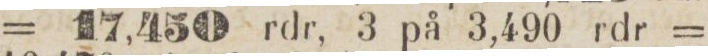
= 17,450 rdr, 3 på 3,490 rdr =